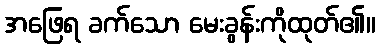
အဖြေရ ခက်သော မေးခွန်းကိုထုတ်၏။